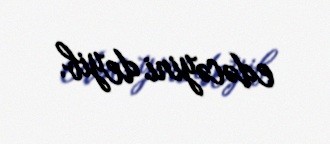
edəcəyini deyib.